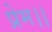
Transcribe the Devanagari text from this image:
प्रेम।।